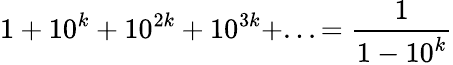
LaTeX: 1+10^{k}+10^{2k}+10^{3k}+...={\frac{1}{1-10^{k}}}